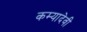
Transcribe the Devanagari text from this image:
कम्यादेवी